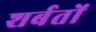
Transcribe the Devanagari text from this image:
शर्बतों